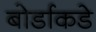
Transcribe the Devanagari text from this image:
बोर्डाकडे